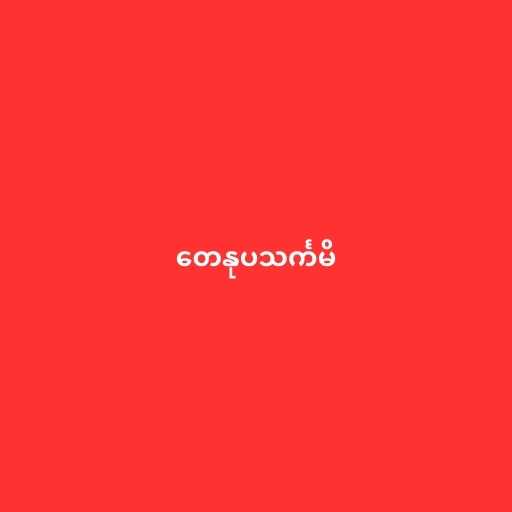
တေနုပသင်္ကမိ